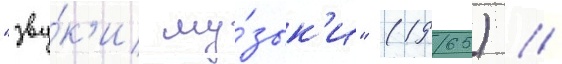
"зву́к'и му́зык'и" (1965) //